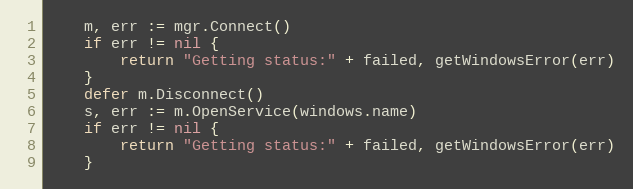
Language: Go
	m, err := mgr.Connect()
	if err != nil {
		return "Getting status:" + failed, getWindowsError(err)
	}
	defer m.Disconnect()
	s, err := m.OpenService(windows.name)
	if err != nil {
		return "Getting status:" + failed, getWindowsError(err)
	}